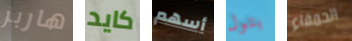
هاربر كايد أسهم بتول الحمقاء